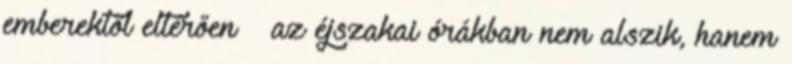
emberektől eltérően – az éjszakai órákban nem alszik, hanem